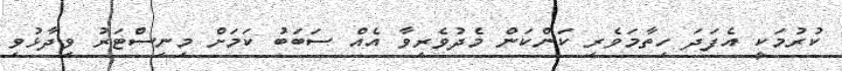
ކުރުމަކީ އެފަދަ ހިތާމަވެރި ކަންކަން މެދުވެރިވާ އެއް ސަބަބު ކަމަށް މިނިސްޓަރު ވިދާޅުވި